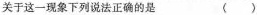
关于这一现象下列说法正确的是 ()